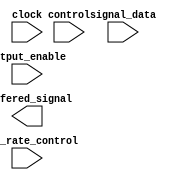
module io_block(
    input wire signal_data,
    input wire clock,
    input wire control,
    output wire buffered_signal,
    
    input wire output_enable,
    input wire slew_rate_control
);

    // LVCMOS buffer implementation
  
endmodule